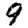
Digit: 9